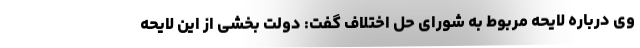
وی درباره لایحه مربوط به شورای حل اختلاف گفت: دولت بخشی از این لایحه